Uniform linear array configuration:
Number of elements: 64
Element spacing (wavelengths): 0.25
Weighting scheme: cosine
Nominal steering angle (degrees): -60
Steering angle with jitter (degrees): -61.268
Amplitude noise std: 0.05
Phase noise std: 0.05

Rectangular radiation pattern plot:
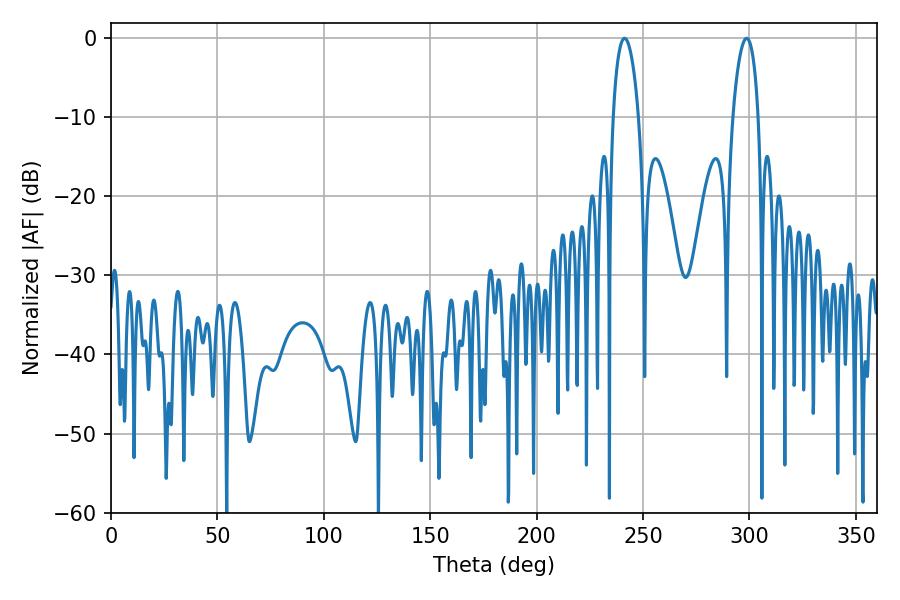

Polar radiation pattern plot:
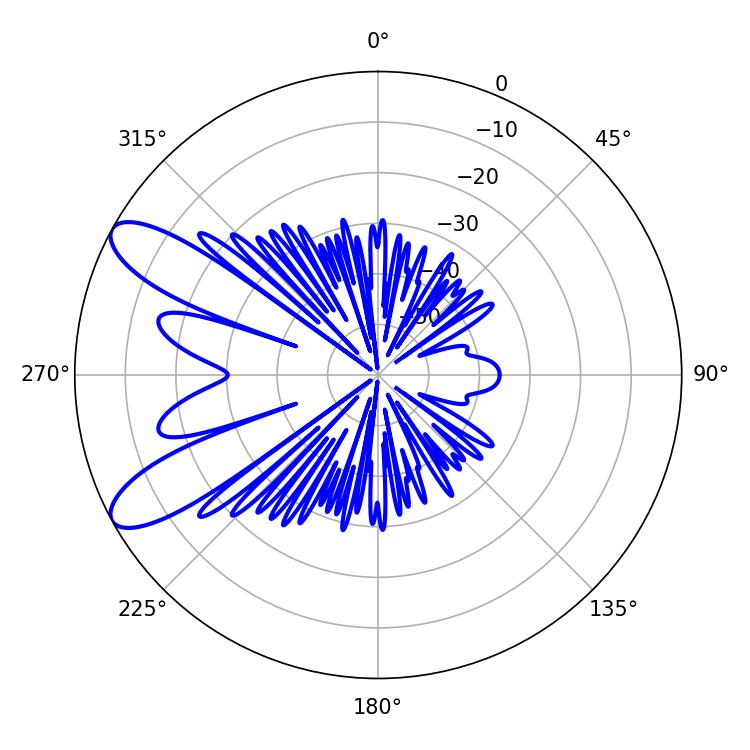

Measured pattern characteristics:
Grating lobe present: FALSE
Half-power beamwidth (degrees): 6.84
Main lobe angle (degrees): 241.38